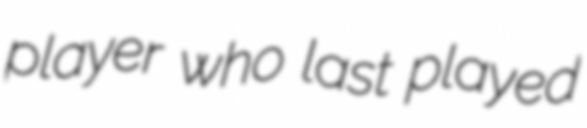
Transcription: player who last played